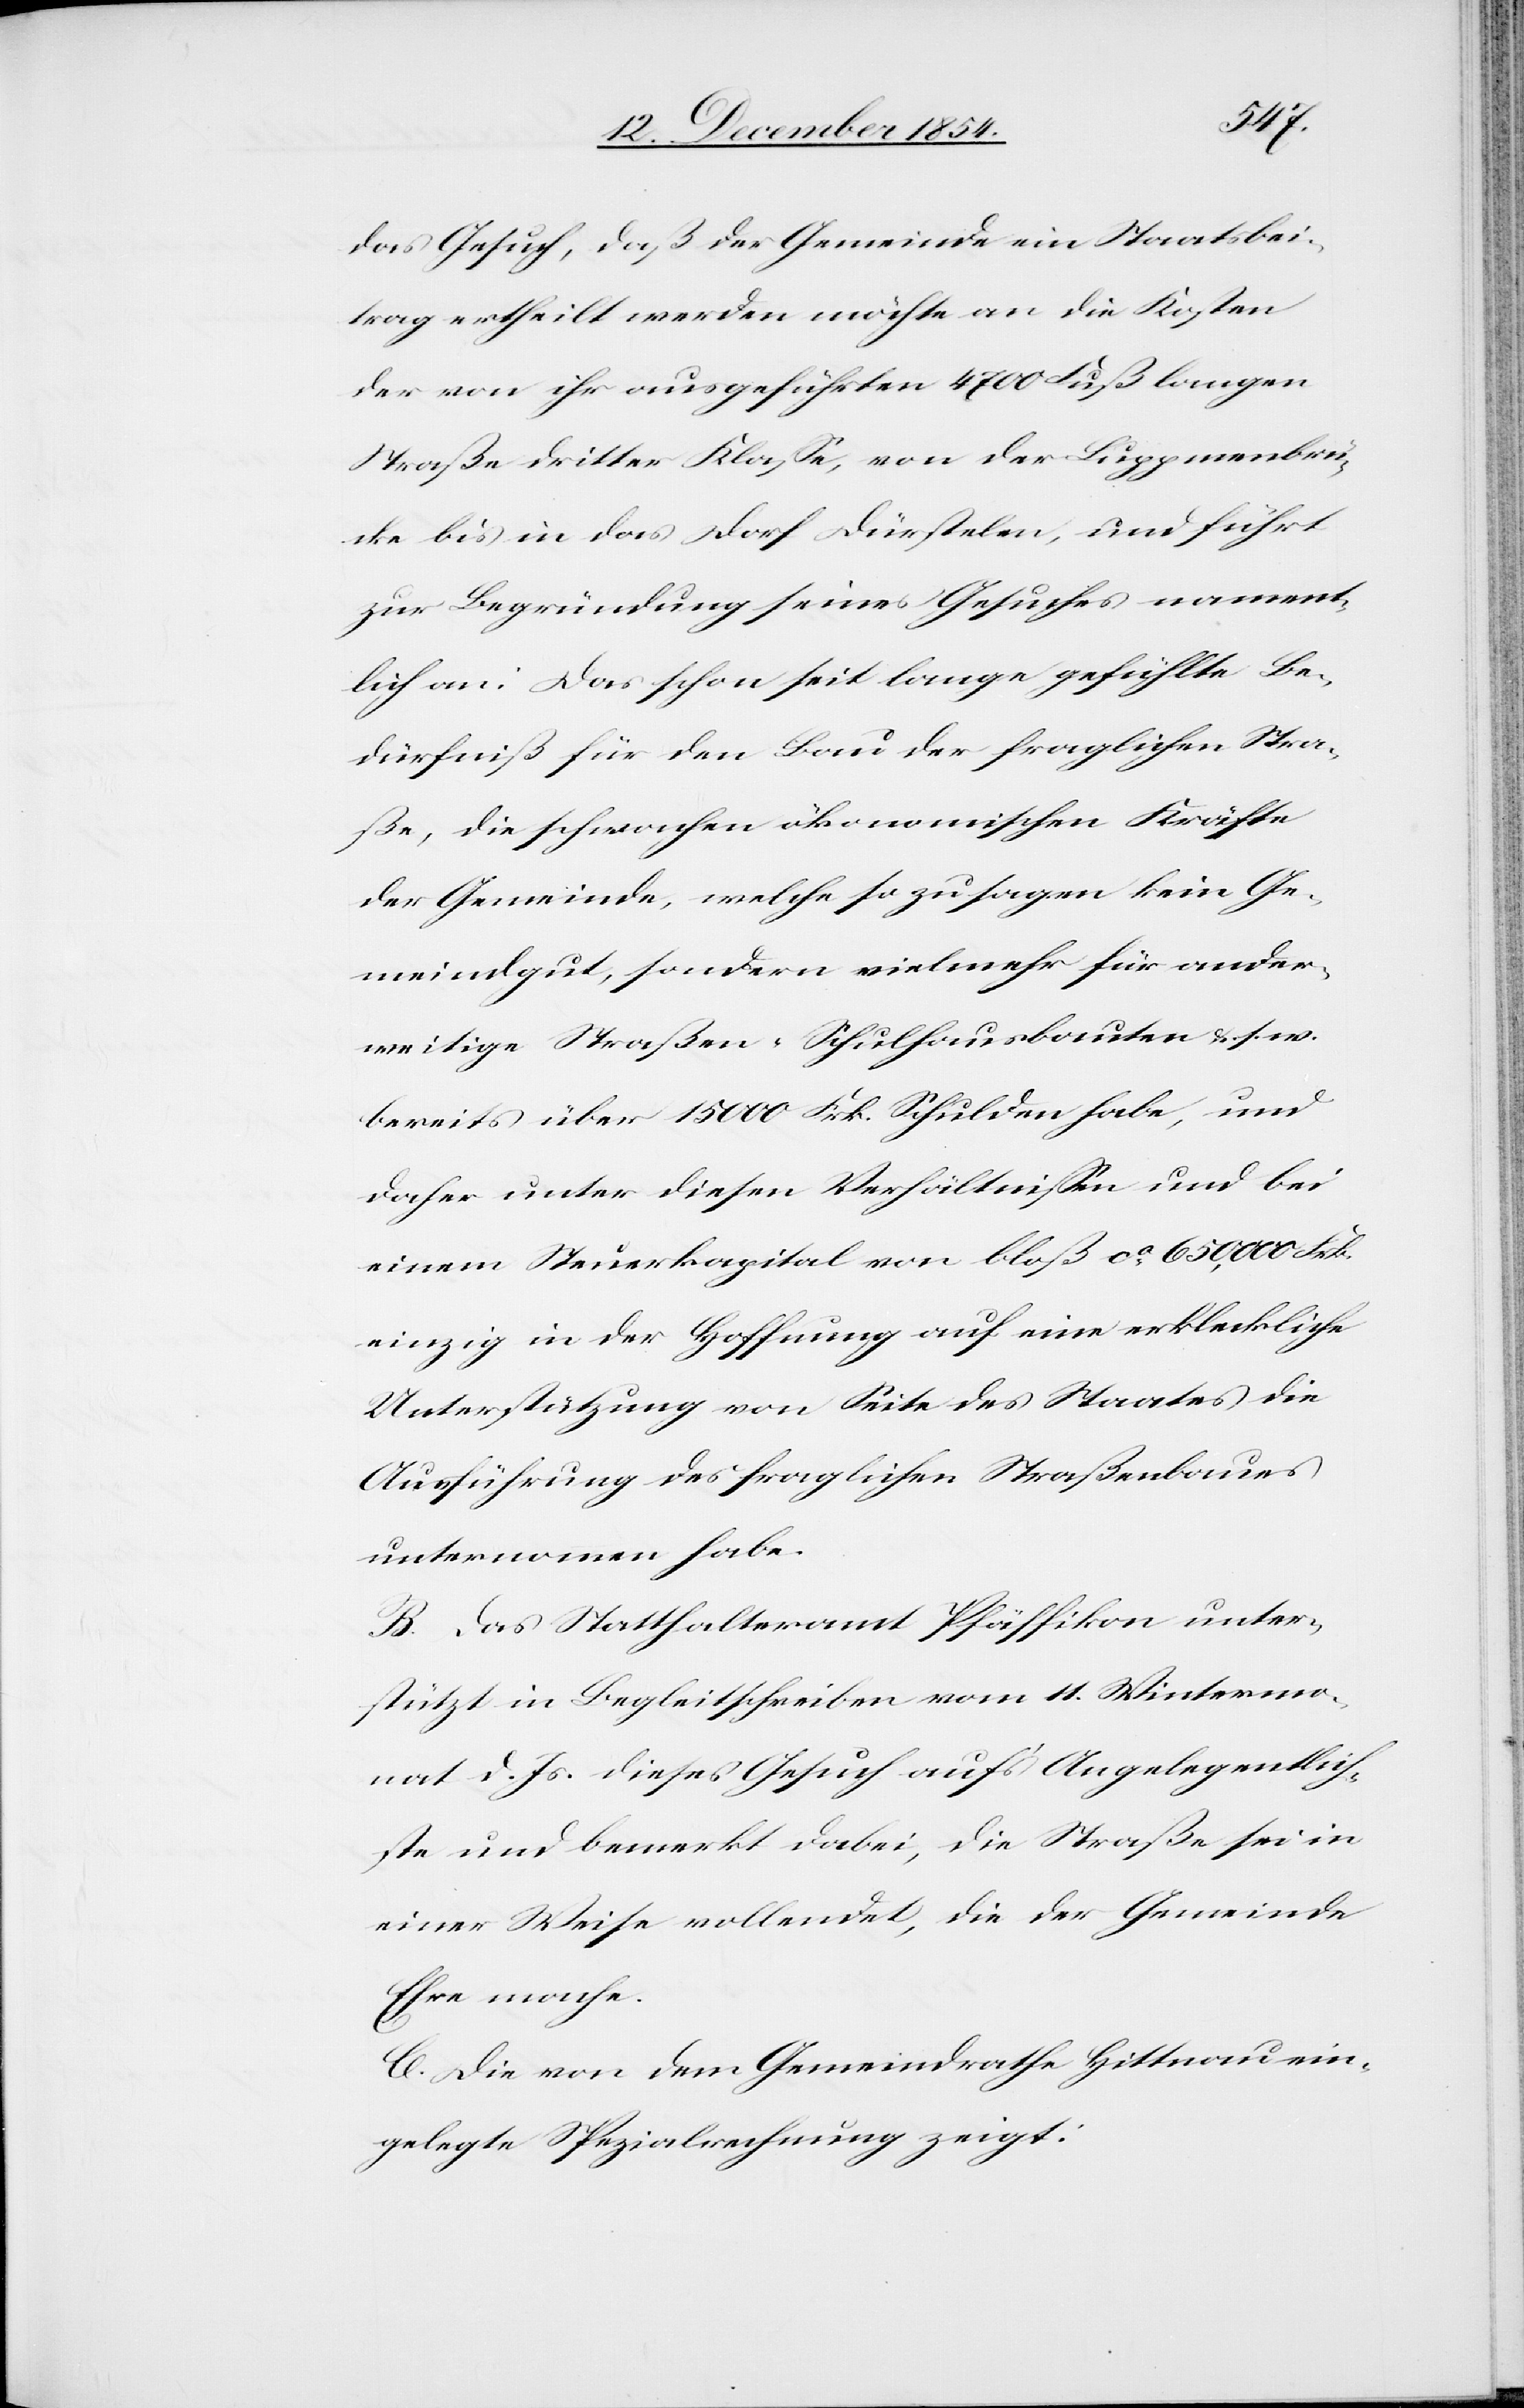
das Gesuch, daß der Gemeinde ein Staatsbei¬
trag ertheilt werden möchte an die Kosten
der von ihr ausgeführten 4700 Fuß langen
Straße dritter Klaße, von der Luppmenbrü¬
cke bis in das Dorf Dürstelen, und führt
zur Begründung seines Gesuches nament¬
lich an: Das schon seit lange gefühlte Be¬
dürfniß für den Bau der fraglichen Stra¬
ße, die schwachen ökonomischen Kräfte
der Gemeinde, welche so zu sagen kein Ge¬
meindgut, sondern vielmehr für ander¬
weitige Straßen-[,] Schulhausbauten u. s. w.
bereits über 15 000 Frk. Schulden habe, und
daher unter diesen Verhältnißen und bei
einem Steuerkapital von bloß ca 650,000 Frk.
einzig in der Hoffnung auf eine erkleckliche
Unterstützung von Seite des Staates die
Ausführung der fraglichen Straßenbaues
unternommen habe.
B. Das Statthalteramt Pfäffikon unter¬
stützt in Begleitschreiben vom 11. Wintermo¬
nat d. Js. dieses Gesuch auf’s Angelegentlich¬
ste und bemerkt dabei, die Straße sei in
einer Weise vollendet, die der Gemeinde
Ehre mache.
C. Die von dem Gemeindrathe Hittnau ein¬
gelegte Spezialrechnung zeigt: